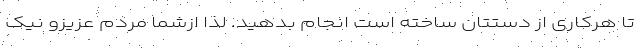
تا هرکاری از دستتان ساخته است انجام بدهید. لذا ازشما مردم عزیزو نیک